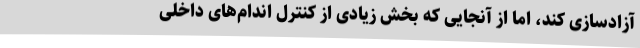
آزادسازی کند، اما از آنجایی که بخش زیادی از کنترل اندام‌های داخلی